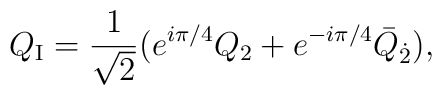
Q_{\rm I}= \frac{1}{\sqrt{2}}              (e^{i\pi/4}Q_2 + e^{-i\pi/4}\bar{Q}_{\dot{2}}),